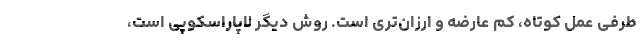
طرفی عمل کوتاه، کم عارضه و ارزان‌تری است. روش دیگر لاپاراسکوپی است،